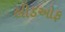
લીડઓફ